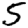
Digit: 5